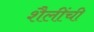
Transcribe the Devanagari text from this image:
शैलींची